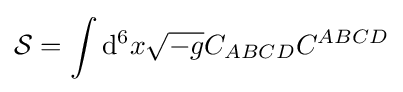
{\mathcal {S}}=\int \mathrm {d} ^{6}x{\sqrt {-g}}C_{ABCD}C^{ABCD}